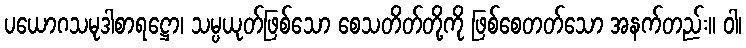
ပယောဂသမုဒါစာရဋ္ဌော၊ သမ္ပယုတ်ဖြစ်သော စေသတိတ်တို့ကို ဖြစ်စေတတ်သော အနက်တည်း။ ဝါ၊